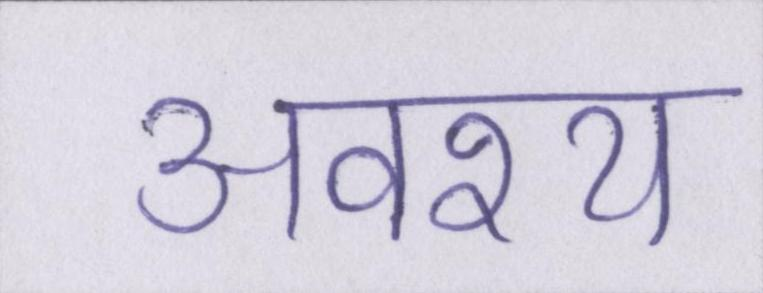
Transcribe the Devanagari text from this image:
अवश्य